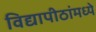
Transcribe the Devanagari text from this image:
विद्यापीठांमध्‍ये